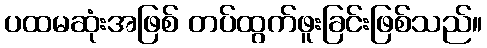
ပထမဆုံးအဖြစ် တပ်ထွက်ဖူးခြင်းဖြစ်သည်။